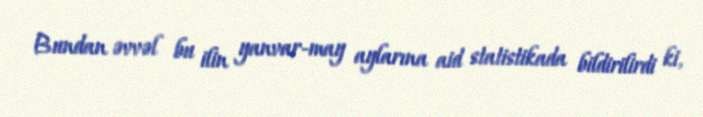
Bundan əvvəl bu ilin yanvar-may aylarına aid statistikada bildirilirdi ki,